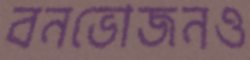
বনভোজনও